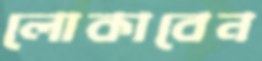
লোকাবেন